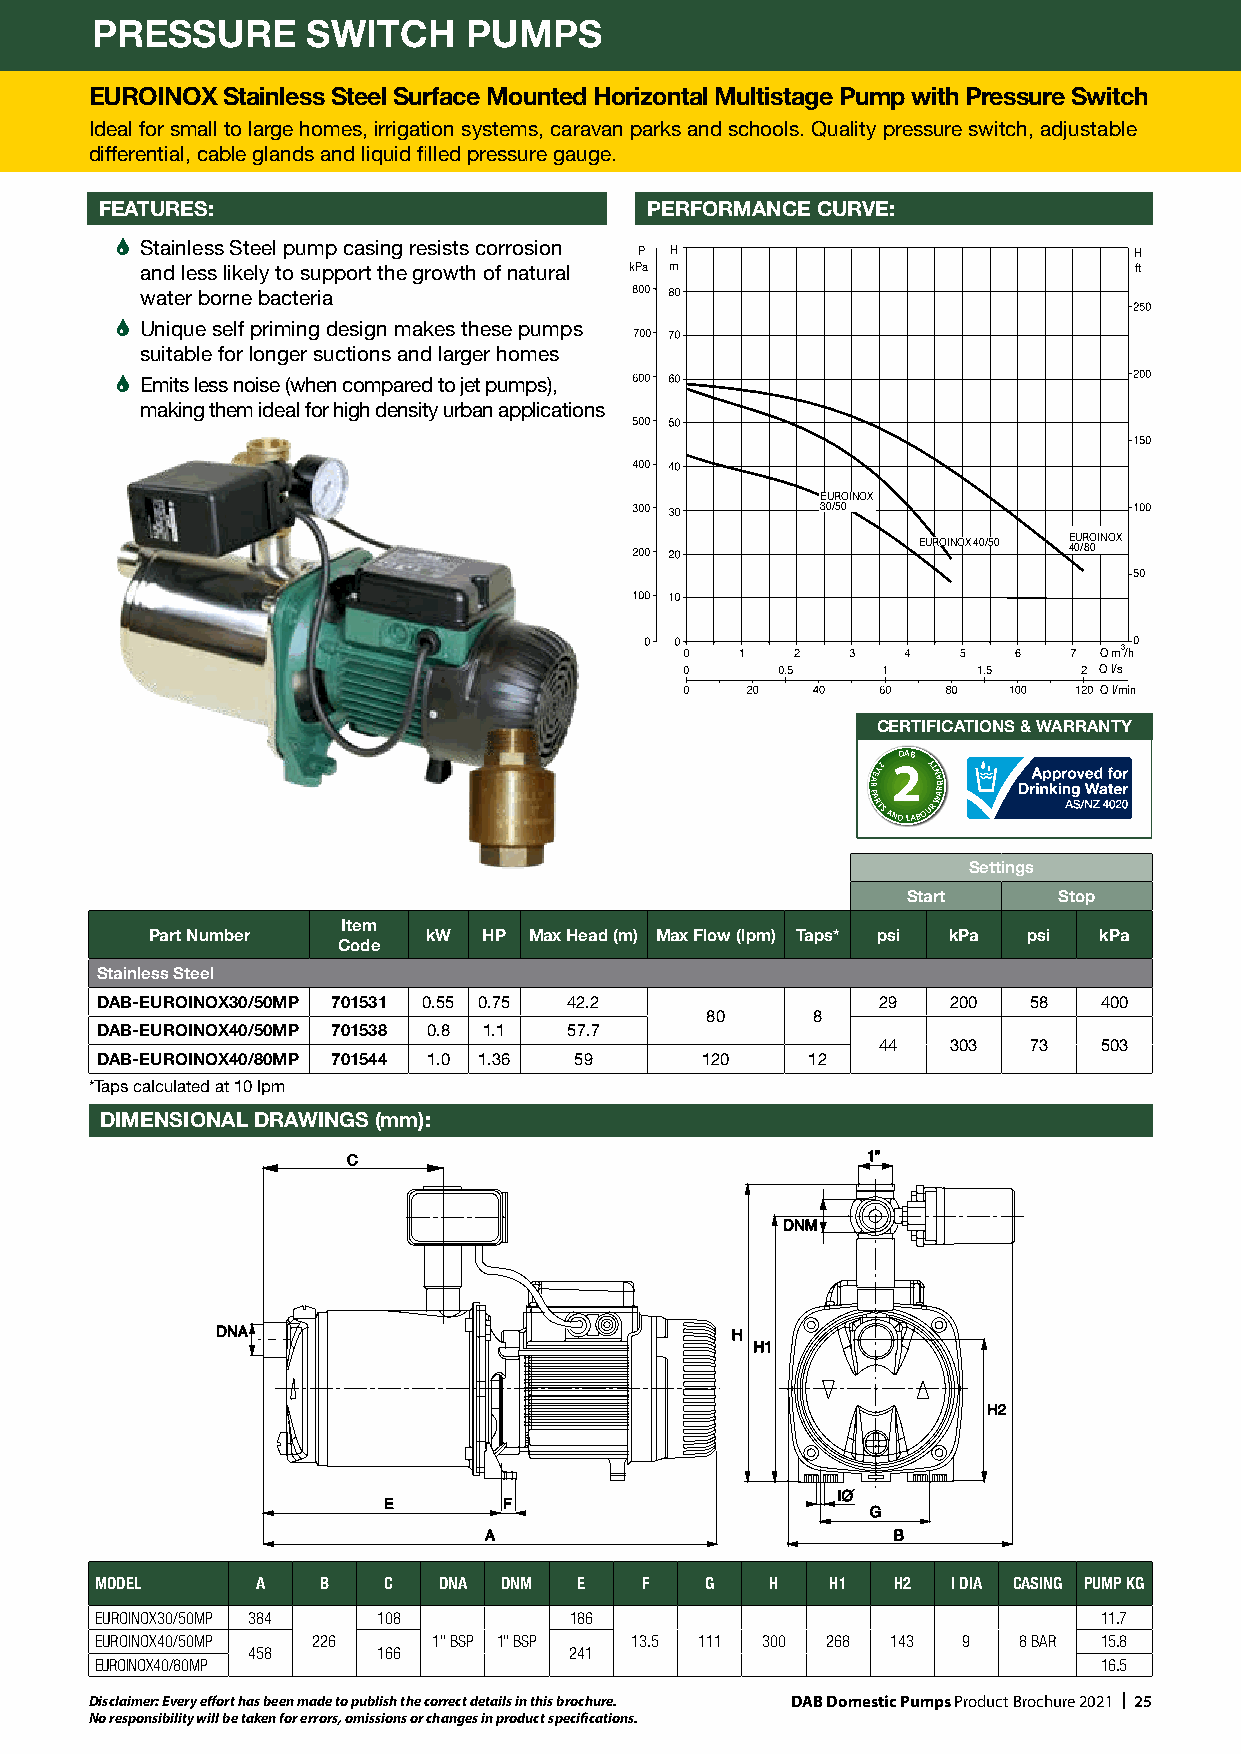
PRESSURE      SWITCH     PUMPS
 EUROINOX Stainless Steel Surface Mounted Horizontal Multistage Pump with Pressure Switch
 Ideal for small to large homes, irrigation systems, caravan parks and schools. Quality pressure switch, adjustable
 differential, cable glands and liquid filled pressure gauge.
 FEATURES:                           PERFORMANCE CURVE:           Q US gpm
 Q IMP gp
 � Stainless Steel pump casing resists corrosion P H                H
 and less likely to support the growth of natural kPa m            ft
 water borne bacteria
 � Unique self priming design makes these pumps
 suitable for longer suctions and larger homes
 � Emits less noise (when compared to jet pumps),
 making them ideal for high density urban applications
 EUROINOX
 30/50
 EUROINOX 40/50 E 40U /R 80OINOX
 Q m3/h
 Q l/s
 Q l/min
 CERTIFICATIONS & WARRANTY
 DAB
 R PA
 A
 E RY
 T
 S2 AN2
 D LA
 BOY UT
 R
 NA WARR
 Settings
 Start     Stop
 Item
 Part Number       kW  HP Max Head (m) Max Flow (lpm) Taps* psi kPa psi kPa
 Code
 Stainless Steel
 DAB-EUROINOX30/50MP 701531 0.55 0.75 42.2           29   200  58   400
 80     8
 DAB-EUROINOX40/50MP 701538 0.8 1.1 57.7
 44   303  73   503
 DAB-EUROINOX40/80MP 701544 1.0 1.36 59  120    12
 *Taps calculated at 10 lpm
 DIMENSIONAL DRAWINGS (mm):
 MODEL      A   B   C   DNA DNM  E   F    G   H   H1  H2  I DIA CASING PUMP KG
 EUROINOX30/50MP 384 108         186                                11.7
 EUROINOX40/50MP 226    1" BSP 1" BSP 13.5 111 300 268 143 9  8 BAR 15.8
 458      166          241
 EUROINOX40/80MP                                                    16.5
 Disclaimer: Every effort has been made to publish the correct details in this brochure. DAB Domestic Pumps Product Brochure 2021 | 25
 No responsibility will be taken for errors, omissions or changes in product specifications.